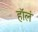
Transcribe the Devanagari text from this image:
हॉलं